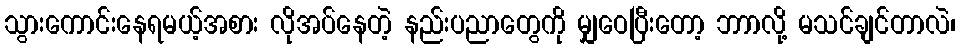
သွားကောင်းနေရမယ့်အစား လိုအပ်နေတဲ့ နည်းပညာတွေကို မျှဝေပြီးတော့ ဘာာလို့ မသင်ချင်တာလဲ၊